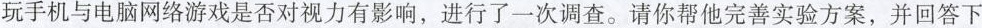
玩手机与电脑网络游戏是否对视力有影响，进行了一次调查。请你帮他完善实验方案，并回答下